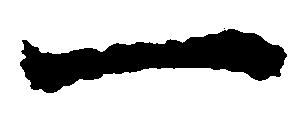
一